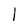
Character: l